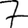
Digit: 7